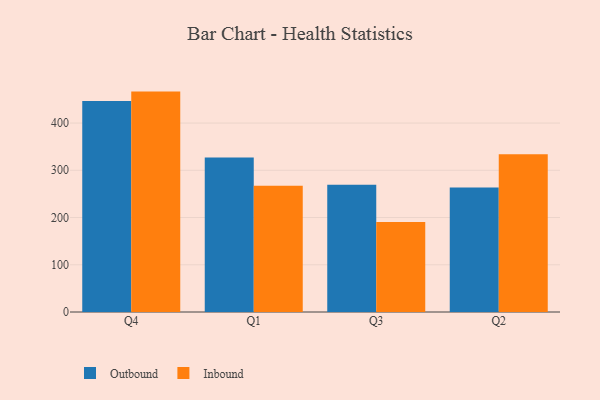
{"axis": {"x": "Quarter", "y": "Demand Index"}, "legend": ["Inbound", "Outbound"], "data": [{"x": "Q4", "y": 446.7, "type": "Outbound"}, {"x": "Q4", "y": 466.6, "type": "Inbound"}, {"x": "Q1", "y": 326.9, "type": "Outbound"}, {"x": "Q1", "y": 267.5, "type": "Inbound"}, {"x": "Q3", "y": 269.3, "type": "Outbound"}, {"x": "Q3", "y": 190.8, "type": "Inbound"}, {"x": "Q2", "y": 263.8, "type": "Outbound"}, {"x": "Q2", "y": 333.8, "type": "Inbound"}]}